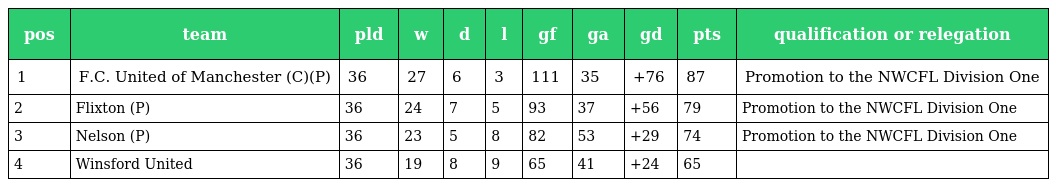
| pos | team | pld | w | d | l | gf | ga | gd | pts | qualification or relegation |
 | --- | --- | --- | --- | --- | --- | --- | --- | --- | --- | --- |
 | 1 | F.C. United of Manchester (C)(P) | 36 | 27 | 6 | 3 | 111 | 35 | +76 | 87 | Promotion to the NWCFL Division One |
 | 2 | Flixton (P) | 36 | 24 | 7 | 5 | 93 | 37 | +56 | 79 | Promotion to the NWCFL Division One |
 | 3 | Nelson (P) | 36 | 23 | 5 | 8 | 82 | 53 | +29 | 74 | Promotion to the NWCFL Division One |
 | 4 | Winsford United | 36 | 19 | 8 | 9 | 65 | 41 | +24 | 65 |  |